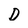
Character: D